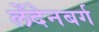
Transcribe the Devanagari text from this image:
लेंदेनबर्ग